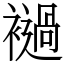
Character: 䙤